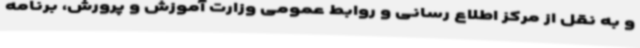
و به نقل از مرکز اطلاع رسانی و روابط عمومی وزارت آموزش و پرورش، برنامه